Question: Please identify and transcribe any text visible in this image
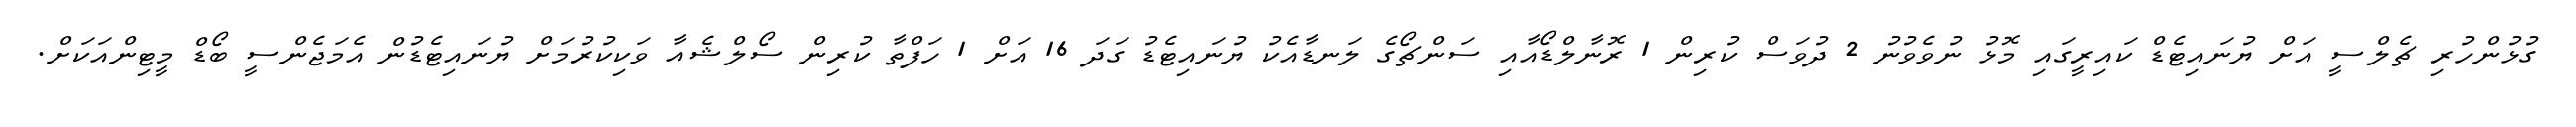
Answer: ގުޅުންހުރި ޗެލްސީ އަށް ޔުނައިޓެޑް ކައިރީގައި މޮޅު ނުވެވުނު 2 ދުވަސް ކުރިން 1 ރޮނާލްޑޯއާއި ސަންޗޯގެ ލަނޑާއެކު ޔުނައިޓެޑު ގަދަ 16 އަށް 1 ހަފްތާ ކުރިން ސޯލްޝެއާ ވަކިކުރުމަށް ޔުނައިޓެޑުން އެމަޖެންސީ ބޯޑް މީޓިންއަކަށް.